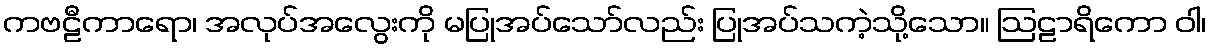
ကဗဠီကာရော၊ အလုပ်အလွေးကို မပြုအပ်သော်လည်း ပြုအပ်သကဲ့သို့သော။ ဩဠာရိကော ဝါ၊